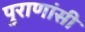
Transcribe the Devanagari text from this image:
पुराणांसी